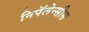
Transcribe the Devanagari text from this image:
निपॅलेन्सीस